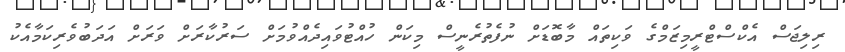
ރިލިޖަސް އެކްސްޓްރީމިޒަމްގެ ވަކިތައް މާބޮޑަށް ނުފެތުރެނީސް މިކަން ހުއްޓުވައިދެއްވުމަށް ސަރުކާރަށް ވަރަށް އަދަބުވެރިކަމާއެކު